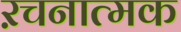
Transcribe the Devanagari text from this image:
ऱचनात्मक